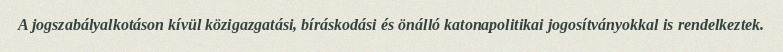
A jogszabályalkotáson kívül közigazgatási, bíráskodási és önálló katonapolitikai jogosítványokkal is rendelkeztek.